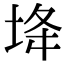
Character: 鿍